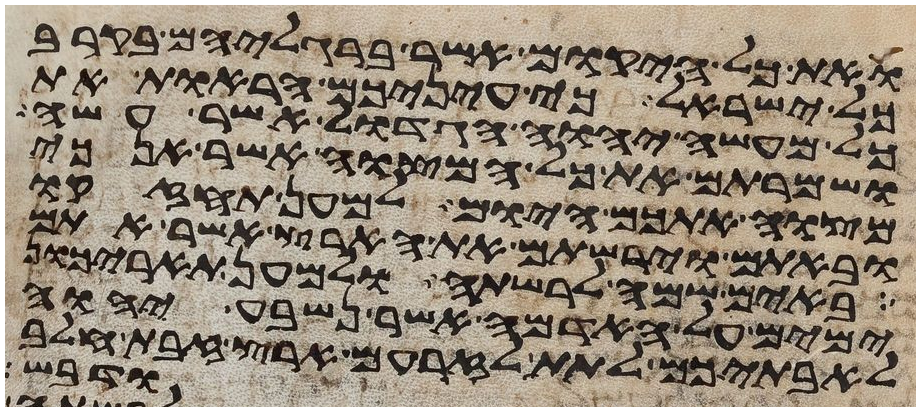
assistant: ואת כל היקום אשר ברגליהם בקרב
כל ישראל כי עיניכם הראות את
כל מעשה יהוה הגדול אשר עשה
ושמרתם את כל המצוה אשר אנכי
מצוה אתכם היום למען תחזקו
ובאתם וירשתם את הארץ אשר אתם
באים שמה לרשתה ולמען תאריכון
ימים על האדמה אשר נשבע יהוה
לאבתיכם לתת לזרעם ארץ זבת חלב